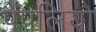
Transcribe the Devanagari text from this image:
पैपलियो